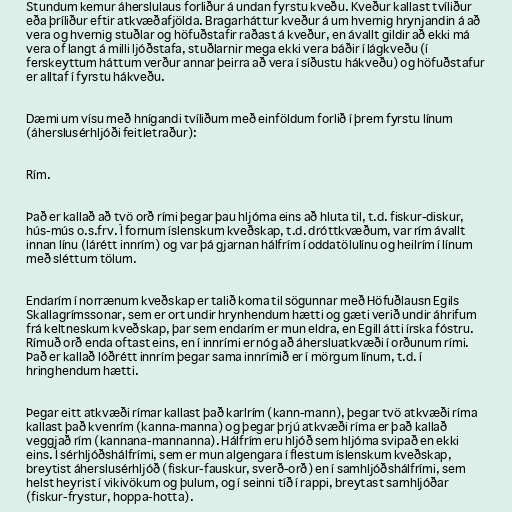
Stundum kemur áherslulaus forliður á undan fyrstu kveðu. Kveður kallast tvíliður
eða þríliður eftir atkvæðafjölda. Bragarháttur kveður á um hvernig hrynjandin á að
vera og hvernig stuðlar og höfuðstafir raðast á kveður, en ávallt gildir að ekki má
vera of langt á milli ljóðstafa, stuðlarnir mega ekki vera báðir í lágkveðu (í
ferskeyttum háttum verður annar þeirra að vera í síðustu hákveðu) og höfuðstafur
er alltaf í fyrstu hákveðu.

Dæmi um vísu með hnígandi tvíliðum með einföldum forlið í þrem fyrstu línum
(áherslusérhljóði feitletraður):

Rím.

Það er kallað að tvö orð rími þegar þau hljóma eins að hluta til, t.d. fiskur-diskur,
hús-mús o.s.frv. Í fornum íslenskum kveðskap, t.d. dróttkvæðum, var rím ávallt
innan línu (lárétt innrím) og var þá gjarnan hálfrím í oddatölulínu og heilrím í línum
með sléttum tölum.

Endarím í norrænum kveðskap er talið koma til sögunnar með Höfuðlausn Egils
Skallagrímssonar, sem er ort undir hrynhendum hætti og gæti verið undir áhrifum
frá keltneskum kveðskap, þar sem endarím er mun eldra, en Egill átti írska fóstru.
Rímuð orð enda oftast eins, en í innrími er nóg að áhersluatkvæði í orðunum rími.
Það er kallað lóðrétt innrím þegar sama innrímið er í mörgum línum, t.d. í
hringhendum hætti.

Þegar eitt atkvæði rímar kallast það karlrím (kann-mann), þegar tvö atkvæði ríma
kallast það kvenrím (kanna-manna) og þegar þrjú atkvæði ríma er það kallað
veggjað rím (kannana-mannanna). Hálfrím eru hljóð sem hljóma svipað en ekki
eins. Í sérhljóðshálfrími, sem er mun algengara í flestum íslenskum kveðskap,
breytist áherslusérhljóð (fiskur-fauskur, sverð-orð) en í samhljóðshálfrími, sem
helst heyrist í vikivökum og þulum, og í seinni tíð í rappi, breytast samhljóðar
(fiskur-frystur, hoppa-hotta).